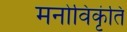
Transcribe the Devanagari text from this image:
मनोविकृ॑ति